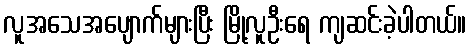
လူအသေအပျောက်များပြီး မြို့လူဦးရေ ကျဆင်းခဲ့ပါတယ်။